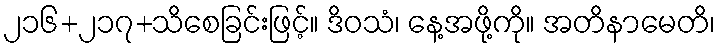
၂၁၆+၂၁၇+သိစေခြင်းဖြင့်။ ဒိဝသံ၊ နေ့အဖို့ကို။ အတိနာမေတိ၊